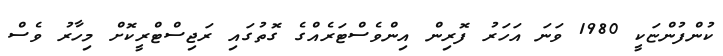
ކުންފުންޏަކީ 1980 ވަނަ އަހަރު ފޮރިން އިންވެސްޓަރެއްގެ ގޮތުގައި ރަޖިސްޓްރީކޮށް މިހާރު ވެސް